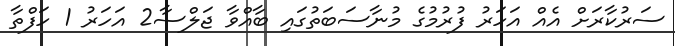
ސަރުކާރަށް އެއް އަހަރު ފުރުމުގެ މުނާސަބަތުގައި ބާއްވާ ޖަލްސާ2 އަހަރު 1 ހަފްތާ